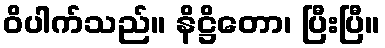
ဝိပါက်သည်။ နိဋ္ဌိတော၊ ပြီးပြီ။